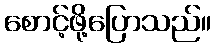
စောင့်ဖို့ပြောသည်။